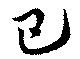
巴